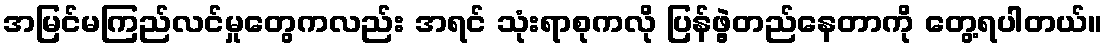
အမြင်မကြည်လင်မှုတွေကလည်း အရင် သုံးရာစုကလို ပြန်ဖွဲ့တည်နေတာကို တွေ့ရပါတယ်။